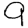
Digit: 9